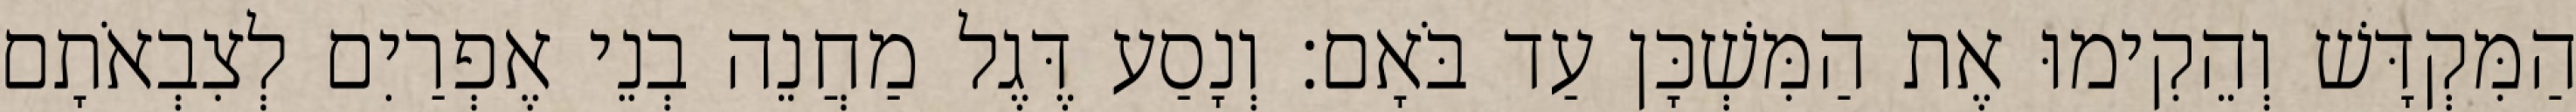
הַמִּקְדָּשׁ וְהֵקִימוּ אֶת הַמִּשְׁכָּן עַד בֹּאָם׃ וְנָסַע דֶּגֶל מַחֲנֵה בְנֵי אֶפְרַיִם לְצִבְאֹתָם